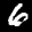
Label: 6